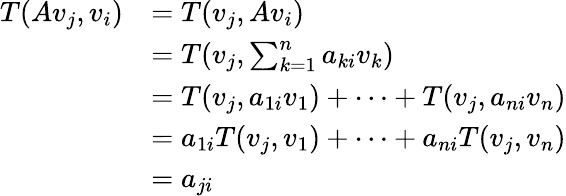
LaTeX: \begin{array}{rl}{T(Av_{j},v_{i})}&{=T(v_{j},Av_{i})}\\ &{=T(v_{j},\sum_{k=1}^{n}a_{ki}v_{k})}\\ &{=T(v_{j},a_{1i}v_{1})+\dots+T(v_{j},a_{ni}v_{n})}\\ &{=a_{1i}T(v_{j},v_{1})+\dots+a_{ni}T(v_{j},v_{n})}\\ &{=a_{ji}}\end{array}